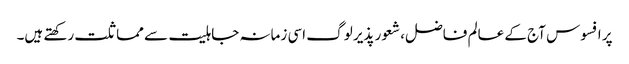
پر افسوس آج کے عالم فاضل، شعور پذیر لوگ اسی زمانہ جاہلیت سے مماثلت رکھتے ہیں۔